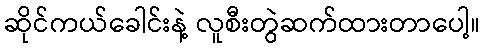
ဆိုင်ကယ်ခေါင်းနဲ့ လူစီးတွဲဆက်ထားတာပေါ့။